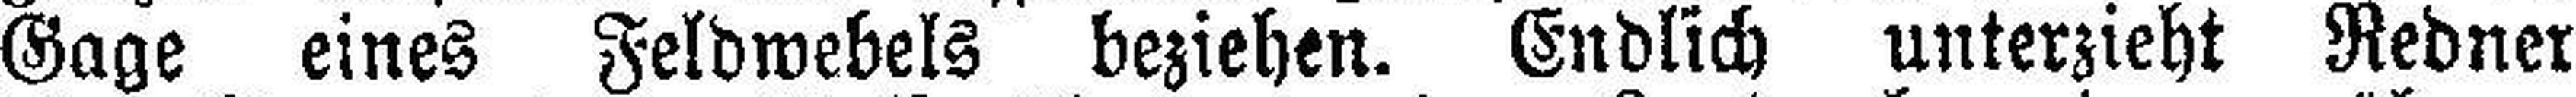
Gage eines Feldwebels beziehen. Endlich unterzieht Redner